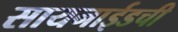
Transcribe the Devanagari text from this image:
सायनाईडची